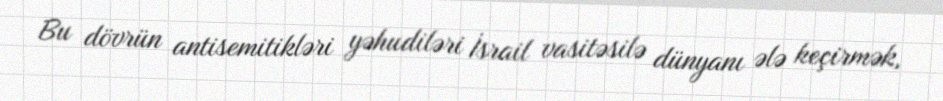
Bu dövrün antisemitikləri yəhudiləri İsrail vasitəsilə dünyanı ələ keçirmək,